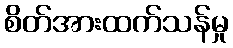
စိတ်အားထက်သန်မှု